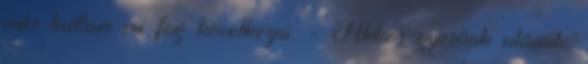
már tudtam mi fog következni. - Akkor gyerünk utánuk.